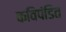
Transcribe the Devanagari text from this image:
कविपंडित